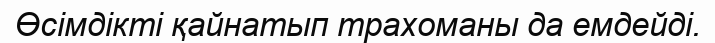
Өсімдікті қайнатып трахоманы да емдейді.